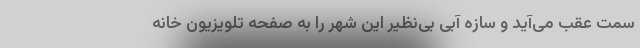
سمت عقب می‌آید و سازه آبی بی‌نظیر این شهر را به صفحه تلویزیون خانه